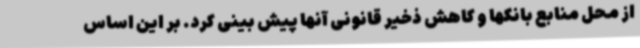
از محل منابع بانکها و کاهش ذخیر قانونی آنها پیش بینی کرد. بر این اساس